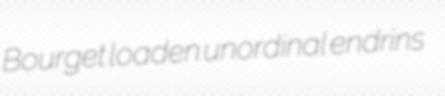
Bourget loaden unordinal endrins